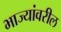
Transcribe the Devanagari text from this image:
भाज्यांवरील